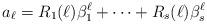
LaTeX: \begin{align*}a_{\ell}=R_1(\ell)\beta_1^{\ell}+\cdots+R_s(\ell)\beta_s^{\ell}\end{align*}